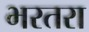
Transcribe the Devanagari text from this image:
भरतरा